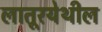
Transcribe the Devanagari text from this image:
लातूरयेथील